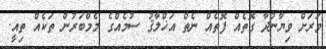
ވަރަށް ވިޔާނުދާ ގޮތެއް ފޮތެއް ނެތް އަޚްލާޤު ސުމެއްގެ މެމްބަރުން ތަކެއް ތިއީ.